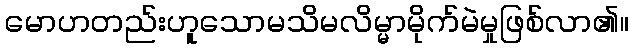
မောဟတည်းဟူသောမသိမလိမ္မာမိုက်မဲမှုဖြစ်လာ၏။